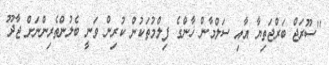
''ސޫރަޖް ބަރްޖަތިޔާ އާއި ސަލްމާން ޚާންގެ ފިލްމުތަކުން ކުރިން ވަނީ ބެލުންތެރިންނަށް ޖާދޫ